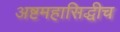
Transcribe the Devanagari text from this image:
अष्टमहासिद्धीच